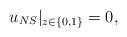
LaTeX: \begin{align*} u_{NS}|_{ z\in\{ 0,1 \} } = 0,\end{align*}